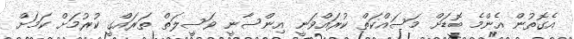
އެގޮތުން އެންމެ ބޮޑަށް މަސައްކަތް ކުރައްވަނީ އިންސާނީ ވަސީލަތް ތަރައްގީ ކުރުމަށް ކަމަށް